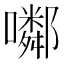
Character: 𡂰